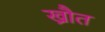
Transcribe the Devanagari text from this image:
ख्रौत